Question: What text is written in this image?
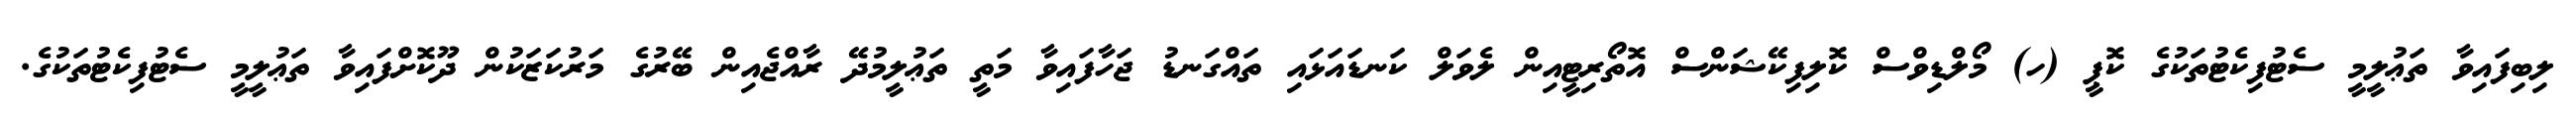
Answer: ލިބިފައިވާ ތަޢުލީމީ ސެޓުފިކެޓުތަކުގެ ކޮޕީ (ހ) މޯލްޑިވްސް ކޮލިފިކޭޝަންސް އޮތޯރިޓީއިން ލެވަލް ކަނޑައަޅައި ތައްގަނޑު ޖަހާފައިވާ މަތީ ތަޢުލީމުދޭ ރާއްޖެއިން ބޭރުގެ މަރުކަޒަކުން ދޫކޮށްފައިވާ ތަޢުލީމީ ސެޓުފިކެޓުތަކުގެ.